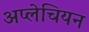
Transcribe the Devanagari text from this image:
अप्लेचियन